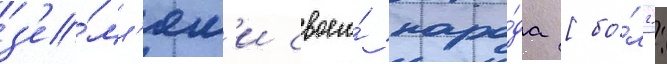
з'е́мл'ям'и своего́ наро́да [бо́лг.: